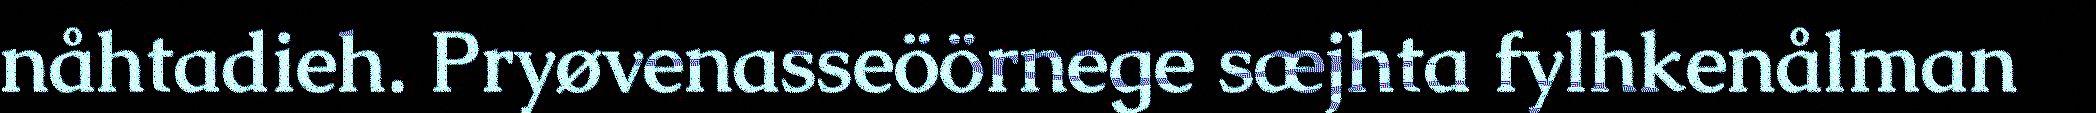
nåhtadieh. Pryøvenasseöörnege sæjhta fylhkenålman